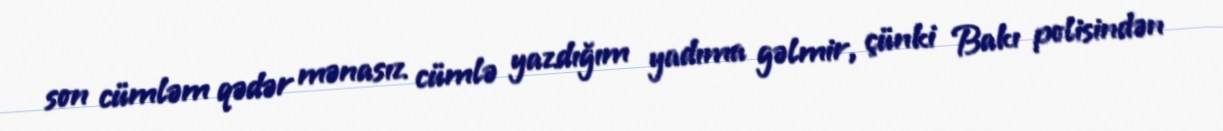
son cümləm qədər mənasız cümlə yazdığım yadıma gəlmir, çünki Bakı polisindən